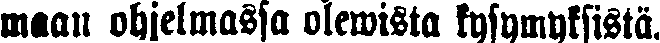
maan ohjelmassa olewista kysymyksistä.